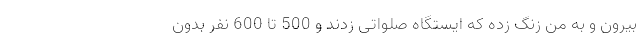
بیرون و به من زنگ زده که ایستگاه صلواتی زدند و 500 تا 600 نفر بدون